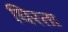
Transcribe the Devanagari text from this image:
घिरता